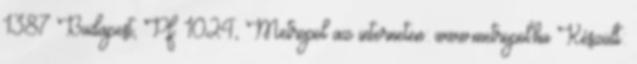
1387 Budapest, Pf. 1024, Metropol az interneten: www.metropol.hu Készült: